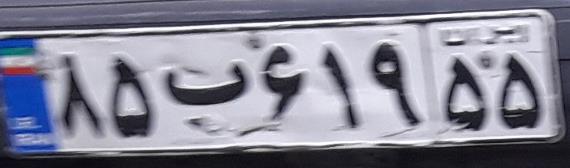
۸۵ب۶۱۹۵۵